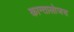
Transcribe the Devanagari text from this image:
कान्तालोजस